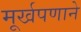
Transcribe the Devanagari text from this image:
मूर्खपणाने